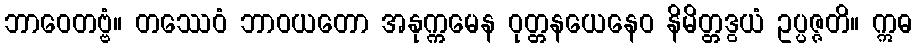
ဘာဝေတဗ္ဗံ။ တဿေဝံ ဘာဝယတော အနုက္ကမေန ဝုတ္တနယေနေဝ နိမိတ္တဒွယံ ဥပ္ပဇ္ဇတိ။ ဣဓ